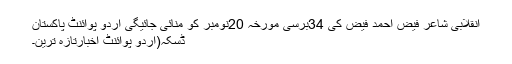
انقلابی شاعر فیض احمد فیض کی 34برسی مورخہ 20نومبر کو منائی جائیگی اُردو پوائنٹ پاکستان
ڈسکہ(اُردو پوائنٹ اخبارتازہ ترین۔